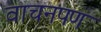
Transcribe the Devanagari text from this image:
वाचनपण